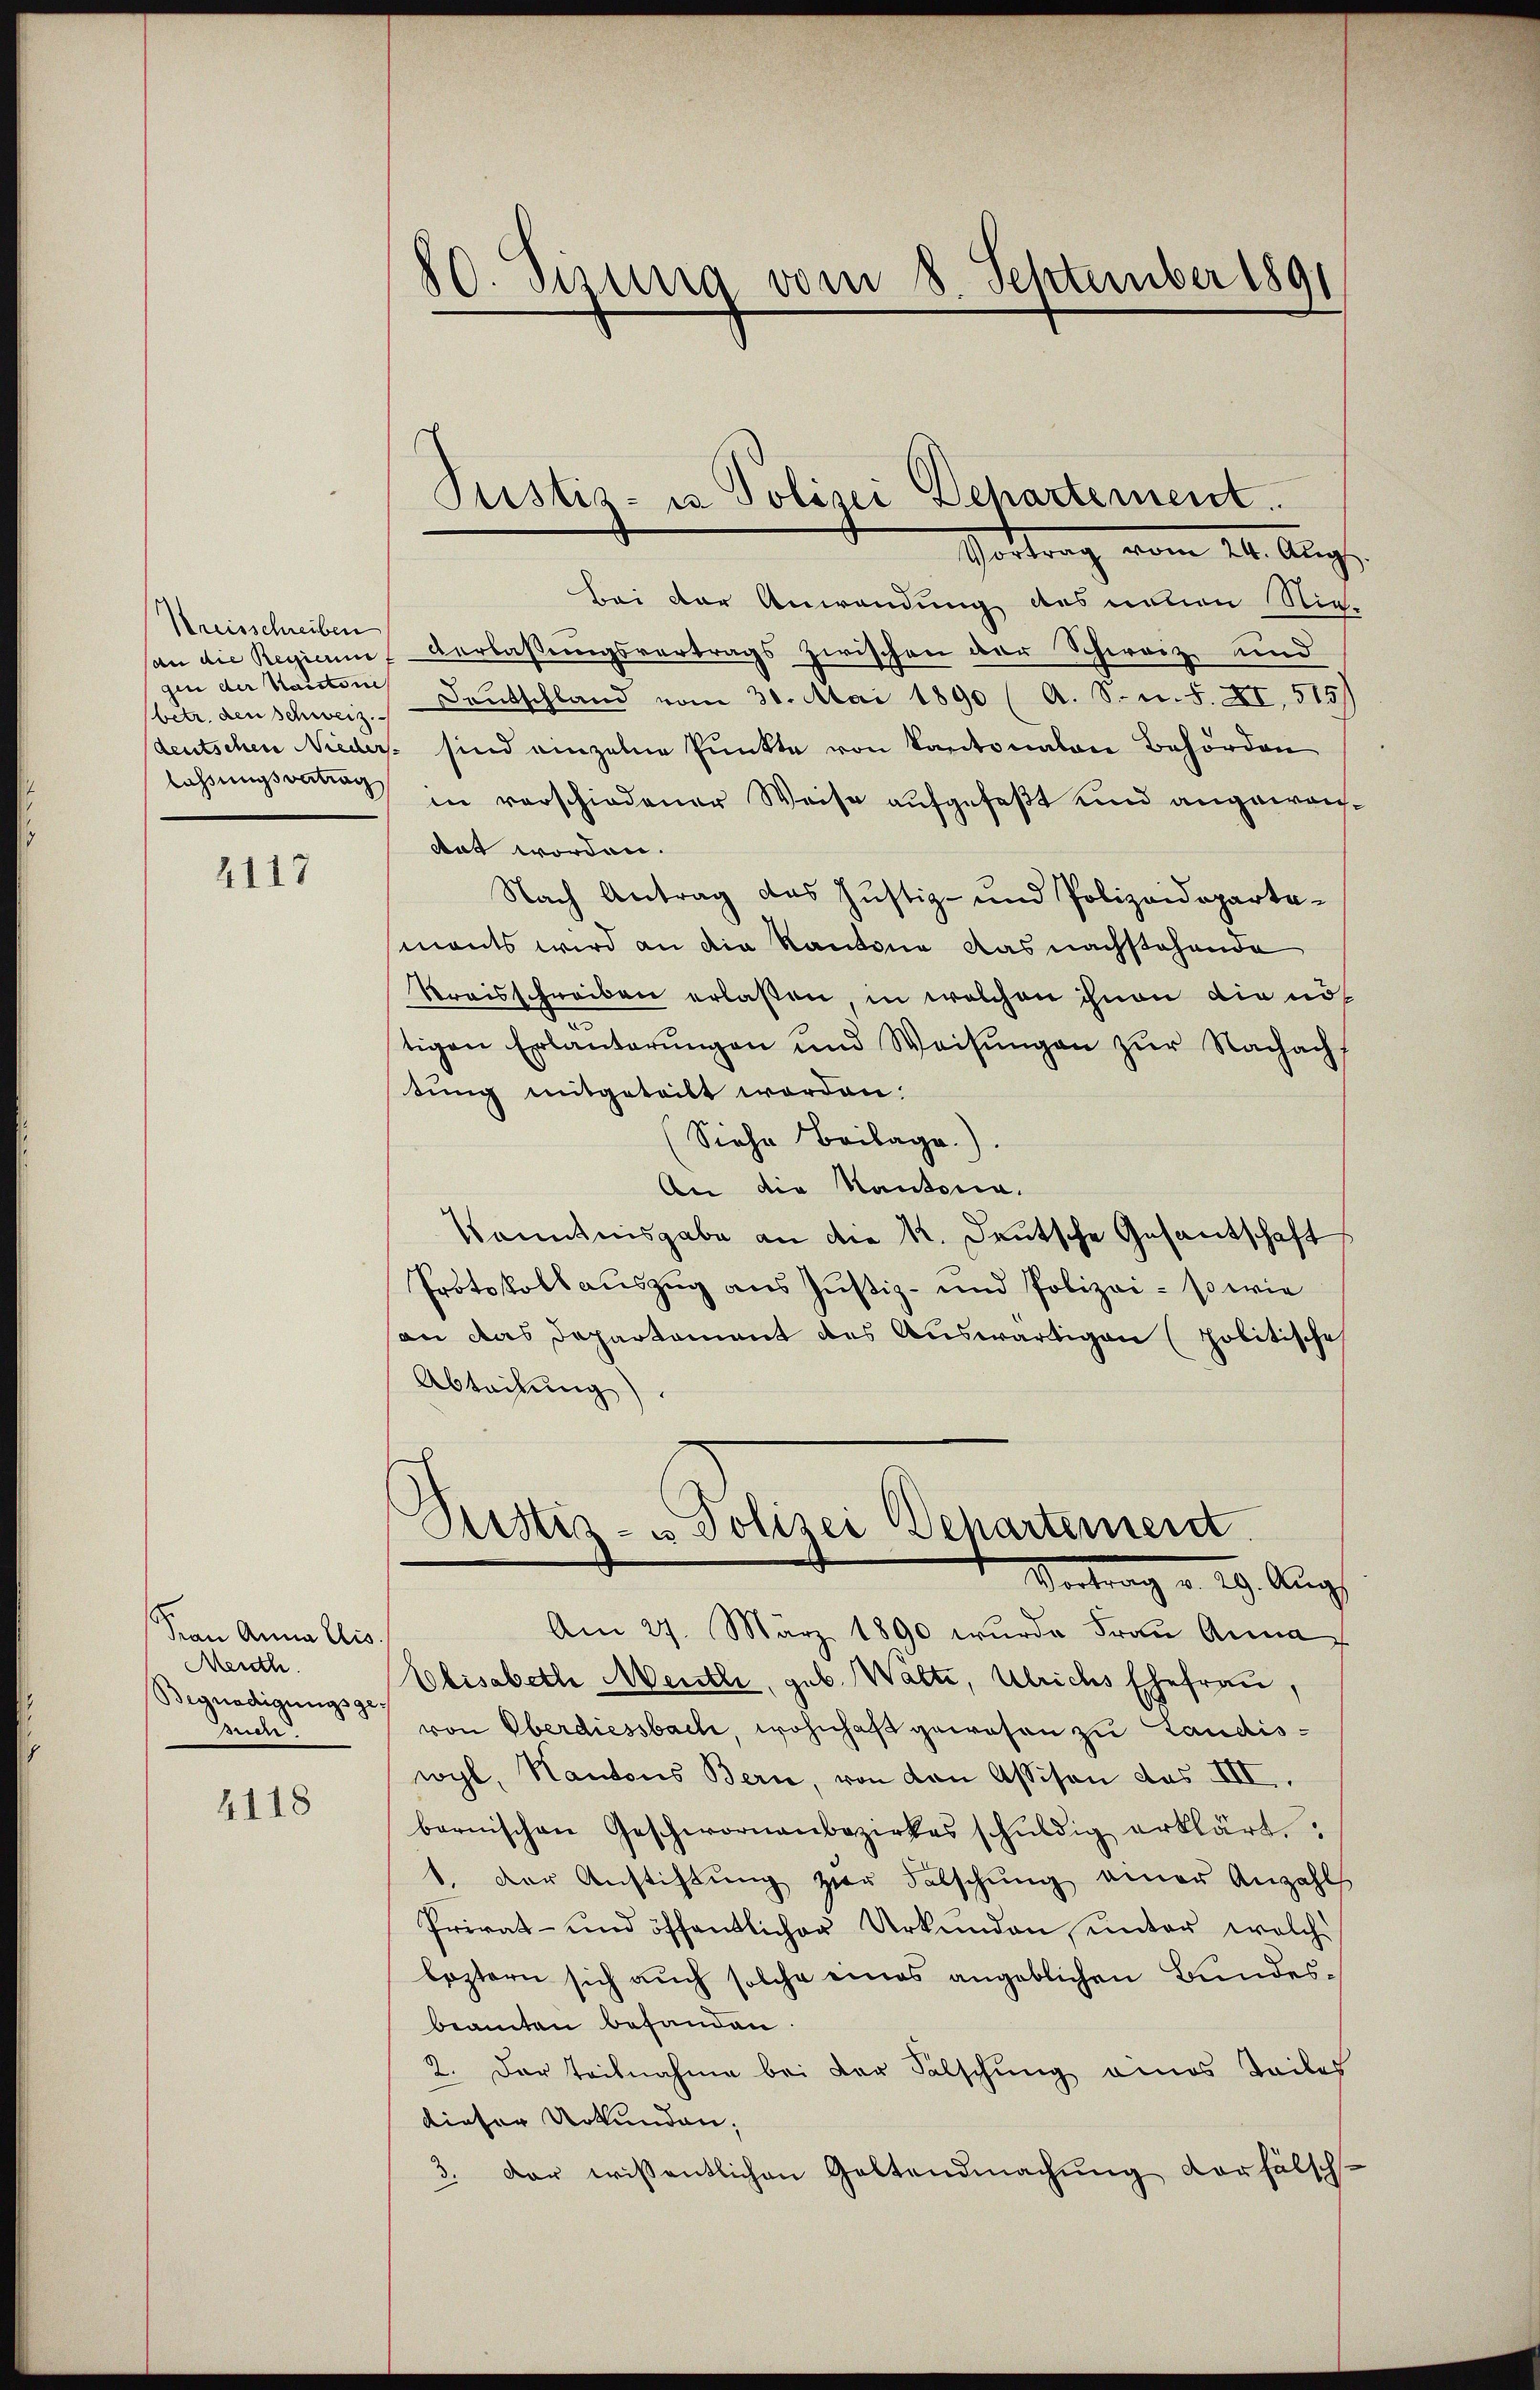
Kreisschreiben
an die Regierun
gen der Kantone
betr. den Schweiz.
lassungsvertrag

2117

Srau Anna Elis.
Meuth.
Begnadigungsge¬
Bude.

4118

80. Sizung vom 8. September 1891

Bei der Anwendung des neuen Nie-
verlassungsvertrags zwischen der Schweiz und
Deutschland vom 30. Mai 1890 (A. S. n. F. XI, 515/
deutschen Nieder sind einzelne Punkte von Kantonalen Behörden
in vorschiedener Weise aufgefaßt und angewondat worden.
Nach Antrag das Justiz- und Polizeideparte-
monts wird an die Kantone das nachstehende
Kreisschreiben erlaßen, in welchen ihnen die nö
tigen Erlauterŭngen und Weisŭngen zŭr Nachacht
tung mitgetritt worden.
(Siehe Beilage).
An die Kantona.
Kenntnisgabe an die K. Deutsche Gesandschaft
Protokollauszug aus Justiz- und Polizei- so wie
an das Departament des Auswärtigen (politische
Abteilung.
Puster- u Polizei Behartemend
Vortrag v. 29. Aug.
Am 27. März 1890 wurde Frau Anna
Ebisabeth Mentli, geb. Walte, Ulrichs Ehefrau,
von Oberdiessbach, wohnhaft gewesen zu Laudiswyl, Kantons Bern, von den Assison des III.
bernischen Geschwornenbezirkes schŭldig erklärt.
1. Der Anstiftŭng zur Falschŭng einer Anzahl
Privat- und öffentlicher Urkunden, unter welche
leztern sich auch solche eines angeblichen Bundesbeamten befanden.
2. Der Teilnahme bei der Falschung eines Teiles
dieser Urkunden;
3. Der wissentlichen Geltendmachung vorfälsch-

Pustiz- in Polizei Departement.
Vortrag vom 21. Aug.